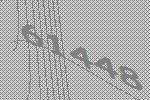
61448